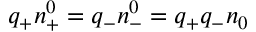
q _ { + } n _ { + } ^ { 0 } = q _ { - } n _ { - } ^ { 0 } = q _ { + } q _ { - } n _ { 0 }